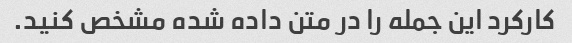
کارکرد این جمله را در متن داده شده مشخص کنید.